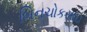
બિનચોકસાઇ